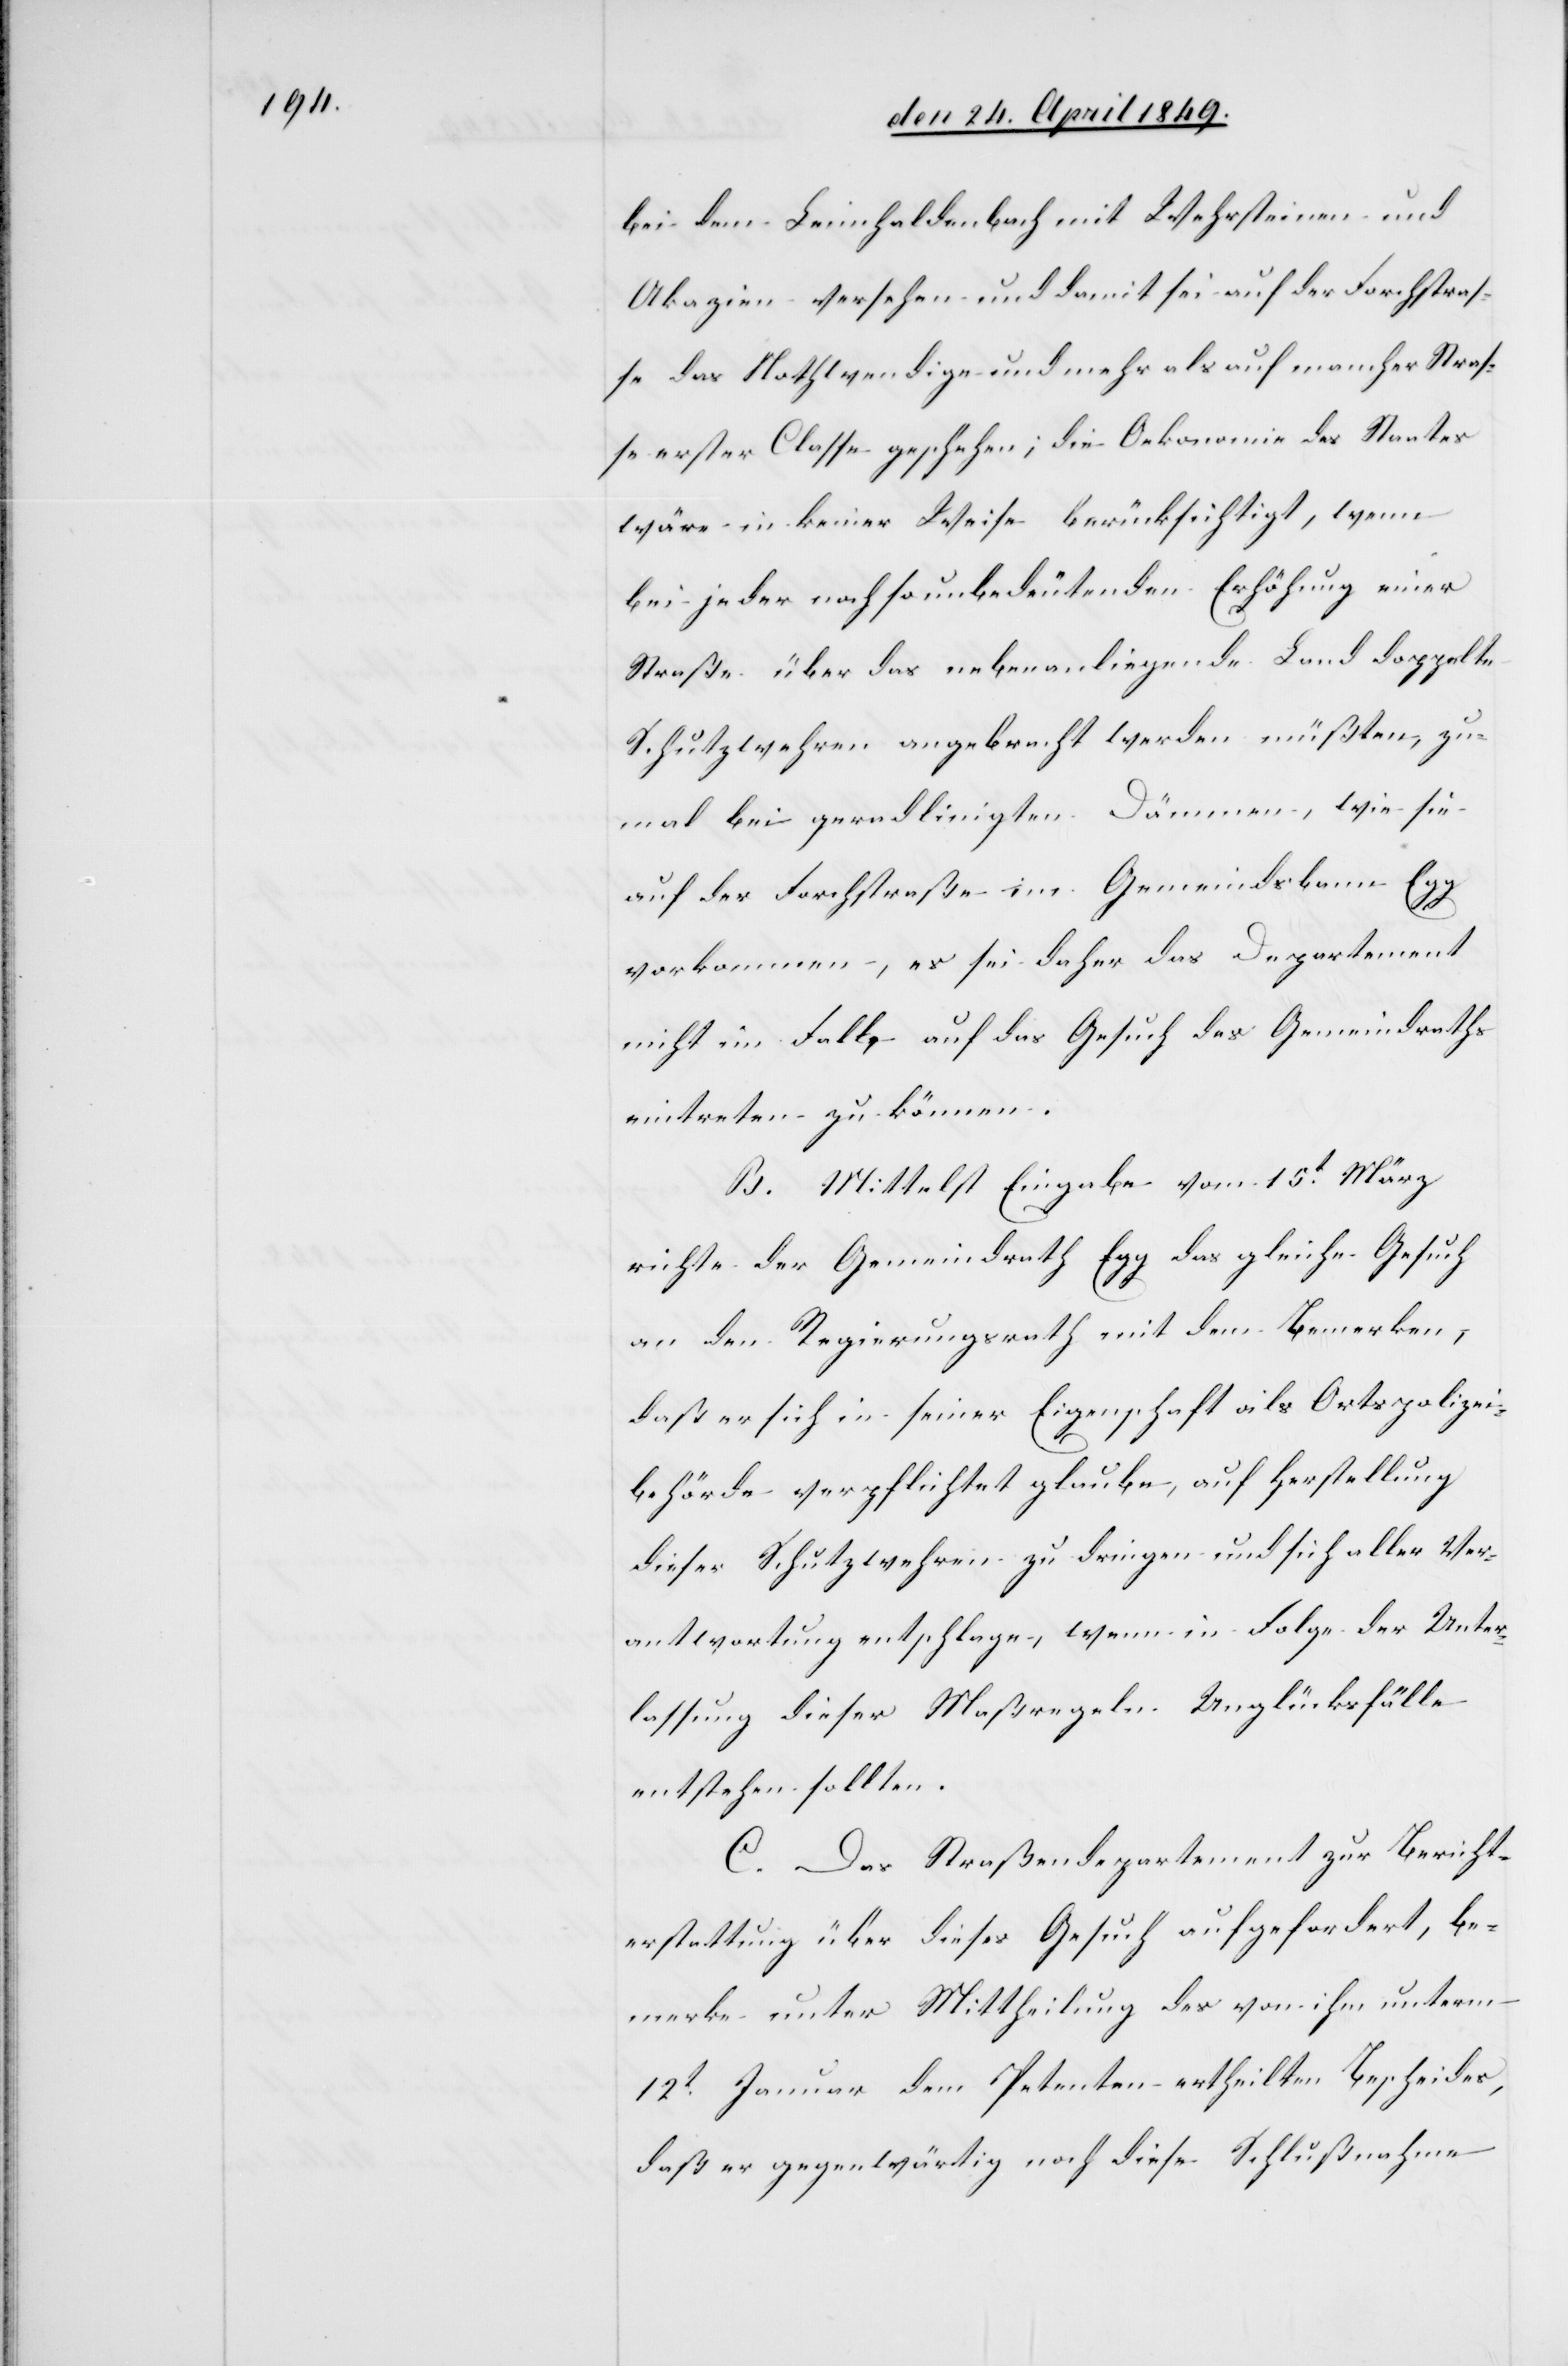
bei dem Leimhaldenbach mit Wehrsteinen und
Akazien versehen und damit sei auf der Forchstras¬
se das Nothwendige und mehr als auf mancher Stras¬
se erster Classe geschehen, die Oekonomie des Staates
wäre in keiner Weise berücksichtigt, wenn
bei jeder noch so unbedeutenden Erhöhung einer
Straße über das nebenanliegende Land doppelte
Schutzwehren angebracht werden müßten, zu¬
mal bei geradlinigten Dämmen, wie sie
auf der Forchstraße im Gemeindsbann Egg
vorkommen, es sei daher das Departement
nicht im Falle auf das Gesuch des Gemeindraths
eintreten zu können.
B. Mittelst Eingabe vom 15t März
richte der Gemeindrath Egg das gleiche Gesuch
an den Regierungsrath mit dem Bemerken,
daß er sich in seiner Eigenschaft als Ortspolizei¬
behörde verpflichtet glaube, auf Herstellung
dieser Schutzwehren zu dringen und sich aller Ver¬
antwortung entschlage, wenn in Folge der Unter¬
lassung dieser Maßregeln Unglücksfälle
entstehen sollten.
C. Das Straßendepartement zur Bericht¬
erstattung über dieses Gesuch aufgefordert, be¬
merke unter Mittheilung des von ihm unterm
12t Januar dem Petenten ertheilten Bescheides,
daß er gegenwärtig noch diese Schlußnahme